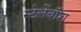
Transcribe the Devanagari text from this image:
स्टेलेंबॉश